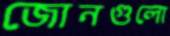
জোনগুলো